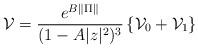
LaTeX: \begin{align*}\mathcal{V} = \frac{e^{B\|\Pi\|}}{(1-A|z|^2)^3} \left\{\mathcal{V}_0 + \mathcal{V}_1\right\} \end{align*}